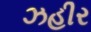
ઝહીર